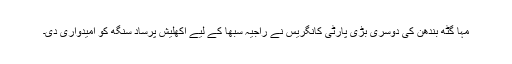
مہا گٹھ بندھن کی دوسری بڑی پارٹی کانگریس نے راجیہ سبھا کے لیے اکھلیش پرساد سنگھ کو امیدواری دی۔